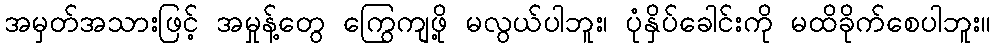
အမှတ်အသားဖြင့် အမှုန့်တွေ ကြွေကျဖို့ မလွယ်ပါဘူး၊ ပုံနှိပ်ခေါင်းကို မထိခိုက်စေပါဘူး။